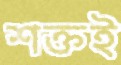
শক্তই